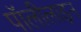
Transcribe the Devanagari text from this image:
पॉलीलाइन